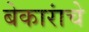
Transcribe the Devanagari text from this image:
बेकारांचे